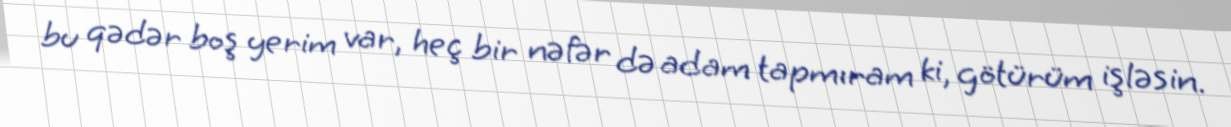
bu qədər boş yerim var, heç bir nəfər də adam tapmıram ki, götürüm işləsin.